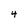
Character: 4